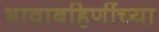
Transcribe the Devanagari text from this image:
भावाबहिणींच्या